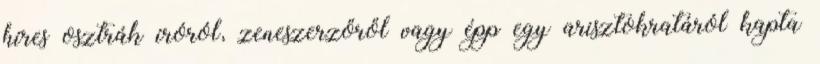
híres osztrák íróról, zeneszerzőről vagy épp egy arisztokratáról kapta